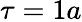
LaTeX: \tau=1a